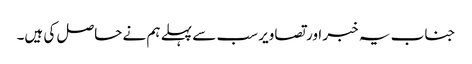
جناب یہ خبر اور تصاویر سب سے پہلے ہم نے حاصل کی ہیں۔